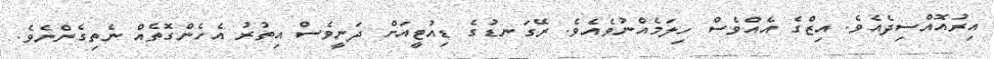
އިރުއޮއްސިދެއެވެ. އިޒްގެ އެއްވެސް ހިލަމެއްނުވެއެވެ. ރޭގަނޑުގެ ޑިއުޓީއަށް ދަނީވެސް އިތުރު އެހެންގޮތެއް ނެތިގެންނެވެ.